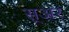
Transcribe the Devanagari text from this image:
स्अर